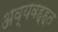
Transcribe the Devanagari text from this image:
अव्यवह्ह्त